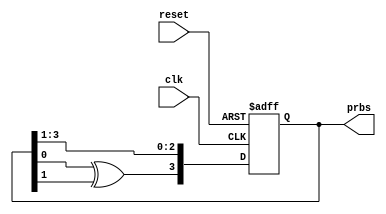
`timescale 1ns / 1ps
module prbs(clk,reset,prbs);
input clk,reset;
output wire [3:0]prbs;
reg [3:0]temp;
always @ (posedge clk or posedge reset)
begin
if (reset) begin
temp <= 4'b0001; end
else begin
temp <= {temp[0]^temp[1],temp[3],temp[2],temp[1]};
end
end
assign prbs = temp;
endmodule